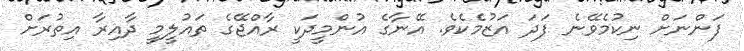
ފަންނަށް ނިކުމެވޭނެ ފަދަ އަޒުމެކެވެ. އޭނާގެ އުންމީދަކީ ރާއްޖޭގެ ތައުލީމީ ދާއިރާ އިތުރަށް